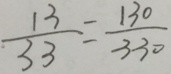
\frac { 1 3 } { 3 3 } = \frac { 1 3 0 } { 3 3 0 }